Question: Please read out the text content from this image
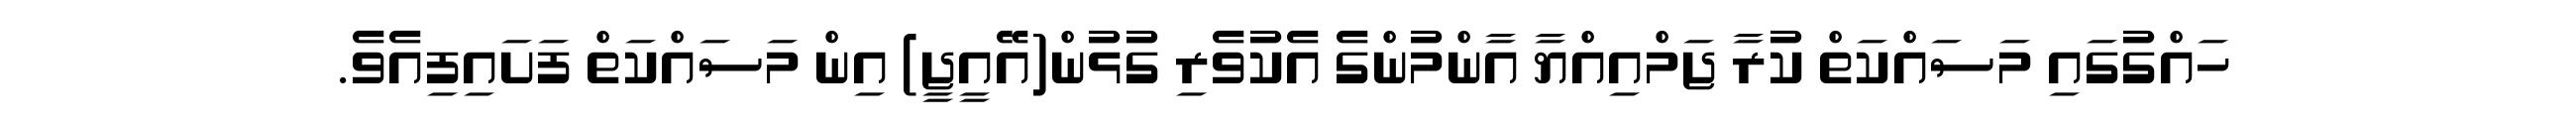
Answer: ހައްގުގައި މަސައްކަތް ކުރާ ޖަމްއިއްޔާ އާންމުންގެ އެކުވެރި ގުޅުން(އޭއީޖީ) އިން މަސައްކަތް ފަށައިފިއެވެ.